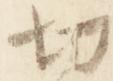
切